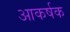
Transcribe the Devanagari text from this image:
आकर्षक